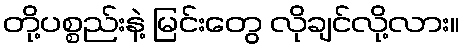
တို့ပစ္စည်းနဲ့ မြင်းတွေ လိုချင်လို့လား။